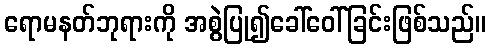
ရောမနတ်ဘုရားကို အစွဲပြု၍ခေါ်ဝေါ်ခြင်းဖြစ်သည်။